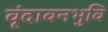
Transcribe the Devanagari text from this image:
वृंदावनभुवि